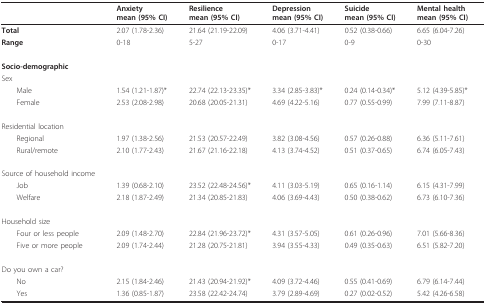
<table><thead><tr><td></td><td><b>Anxietymean (95% CI)</b></td><td><b>Resiliencemean (95% CI)</b></td><td><b>Depressionmean (95% CI)</b></td><td><b>Suicidemean (95% CI)</b></td><td><b>Mental healthmean (95% CI)</b></td></tr></thead><tbody><tr><td><b>Total</b></td><td>2.07 (1.78-2.36)</td><td>21.64 (21.19-22.09)</td><td>4.06 (3.71-4.41)</td><td>0.52 (0.38-0.66)</td><td>6.65 (6.04-7.26)</td></tr><tr><td><b>Range</b></td><td>0-18</td><td>5-27</td><td>0-17</td><td>0-9</td><td>0-30</td></tr><tr><td><b>Socio-demographic</b></td><td></td><td></td><td></td><td></td><td></td></tr><tr><td>Sex</td><td></td><td></td><td></td><td></td><td></td></tr><tr><td> Male</td><td>1.54 (1.21-1.87)*</td><td>22.74 (22.13-23.35)*</td><td>3.34 (2.85-3.83)*</td><td>0.24 (0.14-0.34)*</td><td>5.12 (4.39-5.85)*</td></tr><tr><td> Female</td><td>2.53 (2.08-2.98)</td><td>20.68 (20.05-21.31)</td><td>4.69 (4.22-5.16)</td><td>0.77 (0.55-0.99)</td><td>7.99 (7.11-8.87)</td></tr><tr><td>Residential location</td><td></td><td></td><td></td><td></td><td></td></tr><tr><td> Regional</td><td>1.97 (1.38-2.56)</td><td>21.53 (20.57-22.49)</td><td>3.82 (3.08-4.56)</td><td>0.57 (0.26-0.88)</td><td>6.36 (5.11-7.61)</td></tr><tr><td> Rural/remote</td><td>2.10 (1.77-2.43)</td><td>21.67 (21.16-22.18)</td><td>4.13 (3.74-4.52)</td><td>0.51 (0.37-0.65)</td><td>6.74 (6.05-7.43)</td></tr><tr><td>Source of household income</td><td></td><td></td><td></td><td></td><td></td></tr><tr><td> Job</td><td>1.39 (0.68-2.10)</td><td>23.52 (22.48-24.56)*</td><td>4.11 (3.03-5.19)</td><td>0.65 (0.16-1.14)</td><td>6.15 (4.31-7.99)</td></tr><tr><td> Welfare</td><td>2.18 (1.87-2.49)</td><td>21.34 (20.85-21.83)</td><td>4.06 (3.69-4.43)</td><td>0.50 (0.38-0.62)</td><td>6.73 (6.10-7.36)</td></tr><tr><td>Household size</td><td></td><td></td><td></td><td></td><td></td></tr><tr><td> Four or less people</td><td>2.09 (1.48-2.70)</td><td>22.84 (21.96-23.72)*</td><td>4.31 (3.57-5.05)</td><td>0.61 (0.26-0.96)</td><td>7.01 (5.66-8.36)</td></tr><tr><td> Five or more people</td><td>2.09 (1.74-2.44)</td><td>21.28 (20.75-21.81)</td><td>3.94 (3.55-4.33)</td><td>0.49 (0.35-0.63)</td><td>6.51 (5.82-7.20)</td></tr><tr><td>Do you own a car?</td><td></td><td></td><td></td><td></td><td></td></tr><tr><td> No</td><td>2.15 (1.84-2.46)</td><td>21.43 (20.94-21.92)*</td><td>4.09 (3.72-4.46)</td><td>0.55 (0.41-0.69)</td><td>6.79 (6.14-7.44)</td></tr><tr><td> Yes</td><td>1.36 (0.85-1.87)</td><td>23.58 (22.42-24.74)</td><td>3.79 (2.89-4.69)</td><td>0.27 (0.02-0.52)</td><td>5.42 (4.26-6.58)</td></tr></tbody></table>